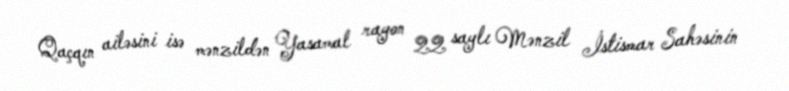
Qaçqın ailəsini isə mənzildən Yasamal rayon 22 saylı Mənzil İstismar Sahəsinin